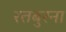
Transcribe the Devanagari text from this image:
रतबुरना